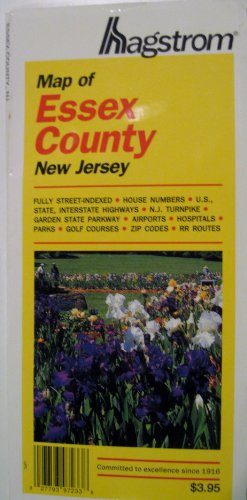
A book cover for New Jersey Essex County Pocket Map; Hagstrom; Travel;